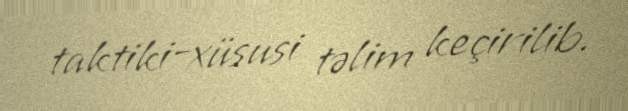
taktiki-xüsusi təlim keçirilib.